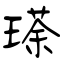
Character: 瑹